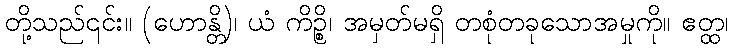
တို့သည်၎င်း။ (ဟောန္တိ)၊ ယံ ကိဉ္စိ၊ အမှတ်မရှိ တစုံတခုသောအမှုကို။ ဧတ္ထ၊